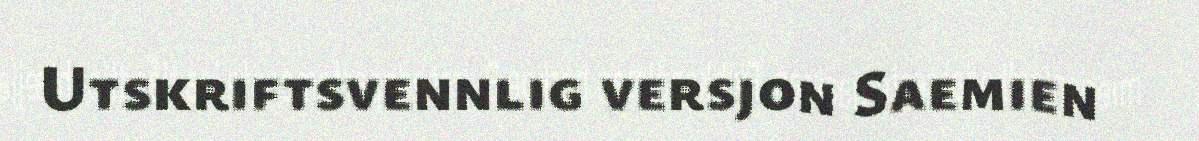
Utskriftsvennlig versjon Saemien